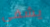
يشفي